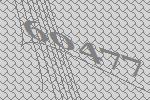
60477